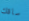
ساقك